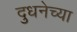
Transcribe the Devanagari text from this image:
दुधनेच्या